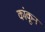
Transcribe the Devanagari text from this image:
कांकून